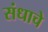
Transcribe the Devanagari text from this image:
संधाचे